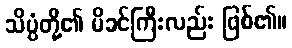
သိပ္ပံတို့၏ မိခင်ကြီးလည်း ဖြစ်၏။